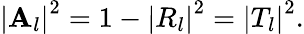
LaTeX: \left|\mathbf{A}_{l}\right|^{2}=1-\left|R_{l}\right|^{2}=\left|T_{l}\right|^{2}.